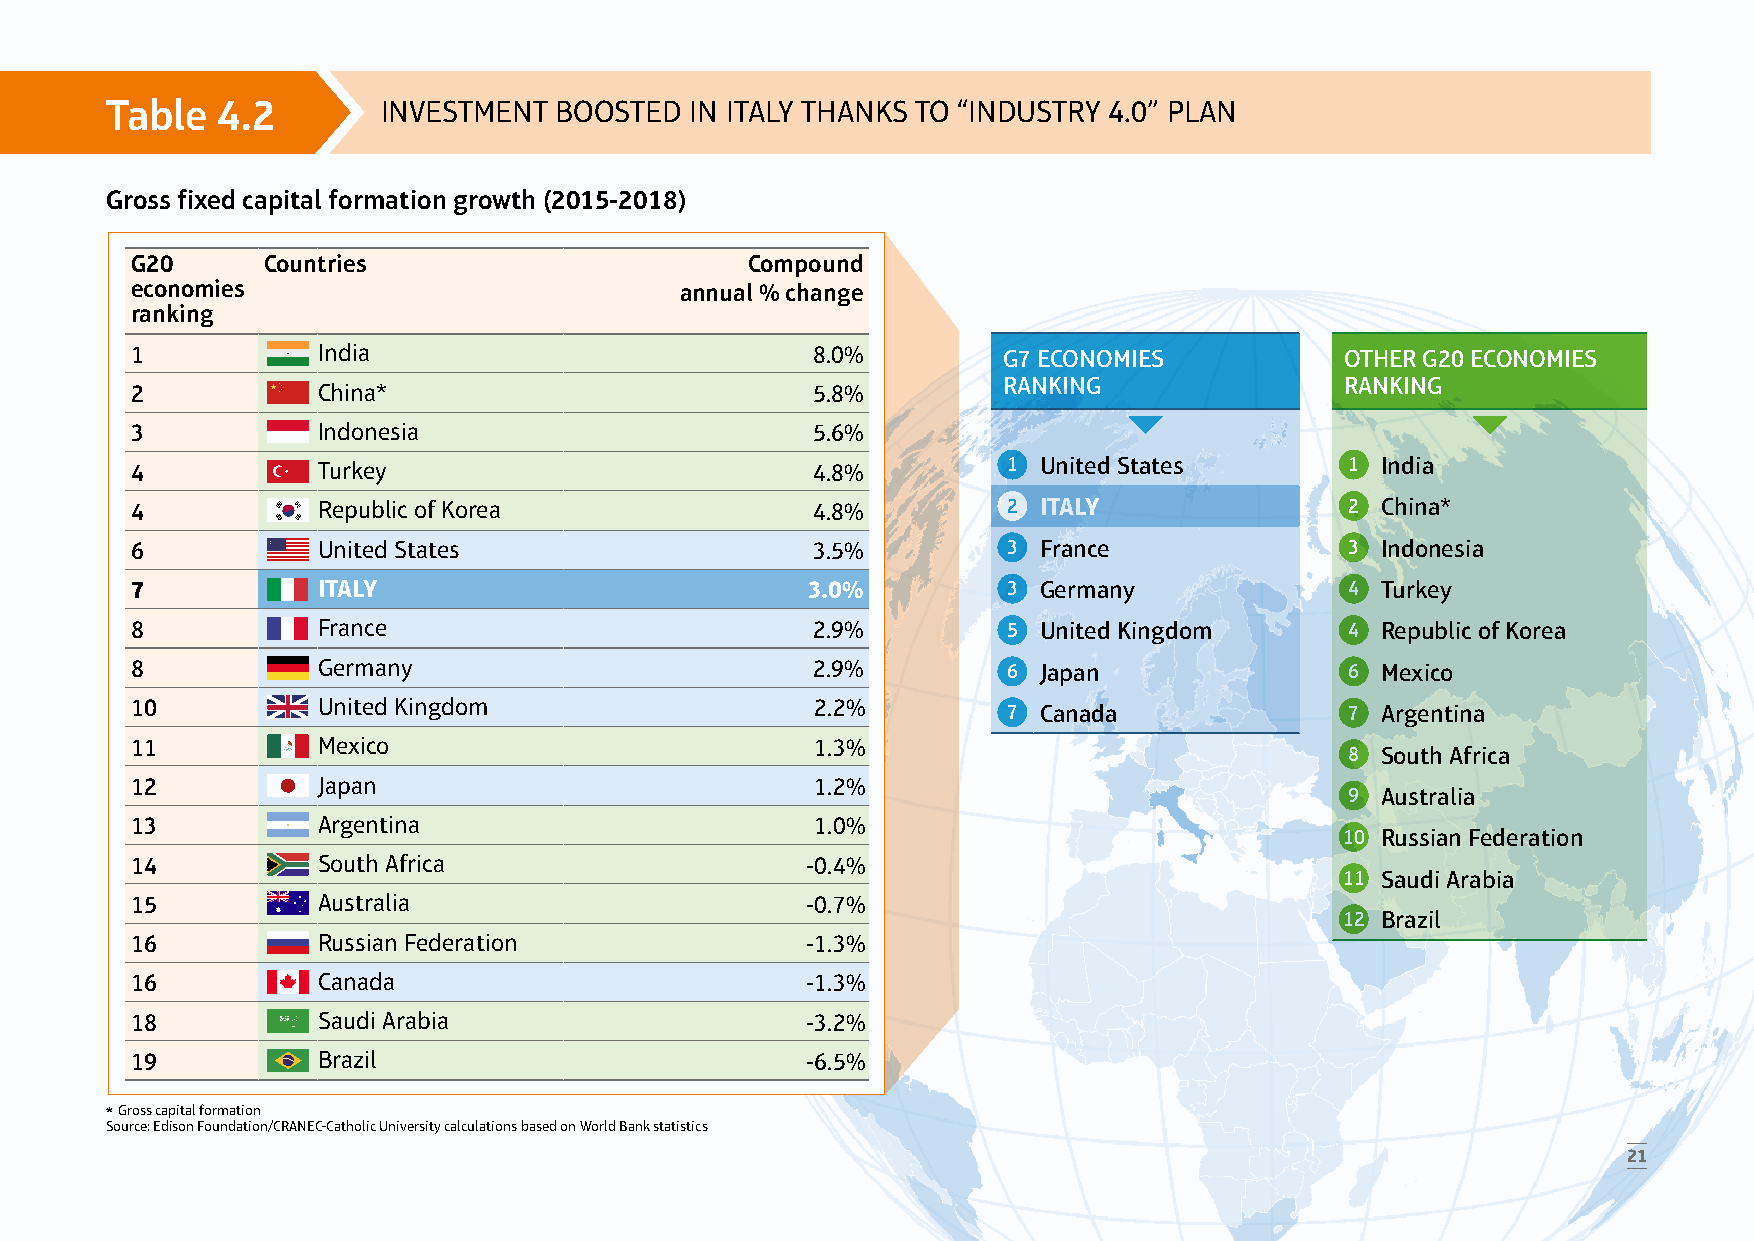
Table  4.2        INVESTMENT  BOOSTED  IN ITALY THANKS TO “INDUSTRY 4.0” PLAN
 Gross fixed capital formation growth (2015-2018)
 G20     Countries                       Compound
 economies                           annual % change
 ranking
 1           India                            8.0%        G7 ECONOMIES           OTHER G20 ECONOMIES
 RANKING                RANKING
 2           China*                           5.8%
 3           Indonesia                        5.6%
 4           Turkey                           4.8%         1 United States       1 India
 4           Republic of Korea                4.8%         2 ITALY               2 China*
 6           United States                    3.5%         3 France              3 Indonesia
 7           ITALY                           3.0%          3 Germany             4 Turkey
 8           France                           2.9%         5 United Kingdom      4 Republic of Korea
 8           Germany                          2.9%         6 Japan               6 Mexico
 10          United Kingdom                   2.2%         7 Canada              7 Argentina
 11          Mexico                           1.3%
 8 South Africa
 12          Japan                            1.2%
 9 Australia
 13          Argentina                        1.0%
 10 Russian Federation
 14          South Africa                    -0.4%
 11 Saudi Arabia
 15          Australia                       -0.7%
 12 Brazil
 16          Russian Federation              -1.3%
 16          Canada                          -1.3%
 18          Saudi Arabia                    -3.2%
 19          Brazil                          -6.5%
 * Gross capital formation
 Source: Edison Foundation/CRANEC-Catholic University calculations based on World Bank statistics
 21